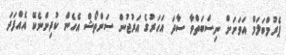
ޕެރުމްބަލަމް އަވަށަށް ނިސްބަތްވާ ސާދަ އަހަރުގެ އަރުޖުން ސަންތޯޝް އެހެން ކުދިންނެކޭ އެއްފަދަ